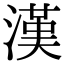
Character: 漢